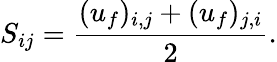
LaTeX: {S_{ij}}=\frac{({u_{f})_{i,j}}+({u_{f})_{j,i}}}{2}.